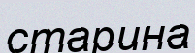
старина